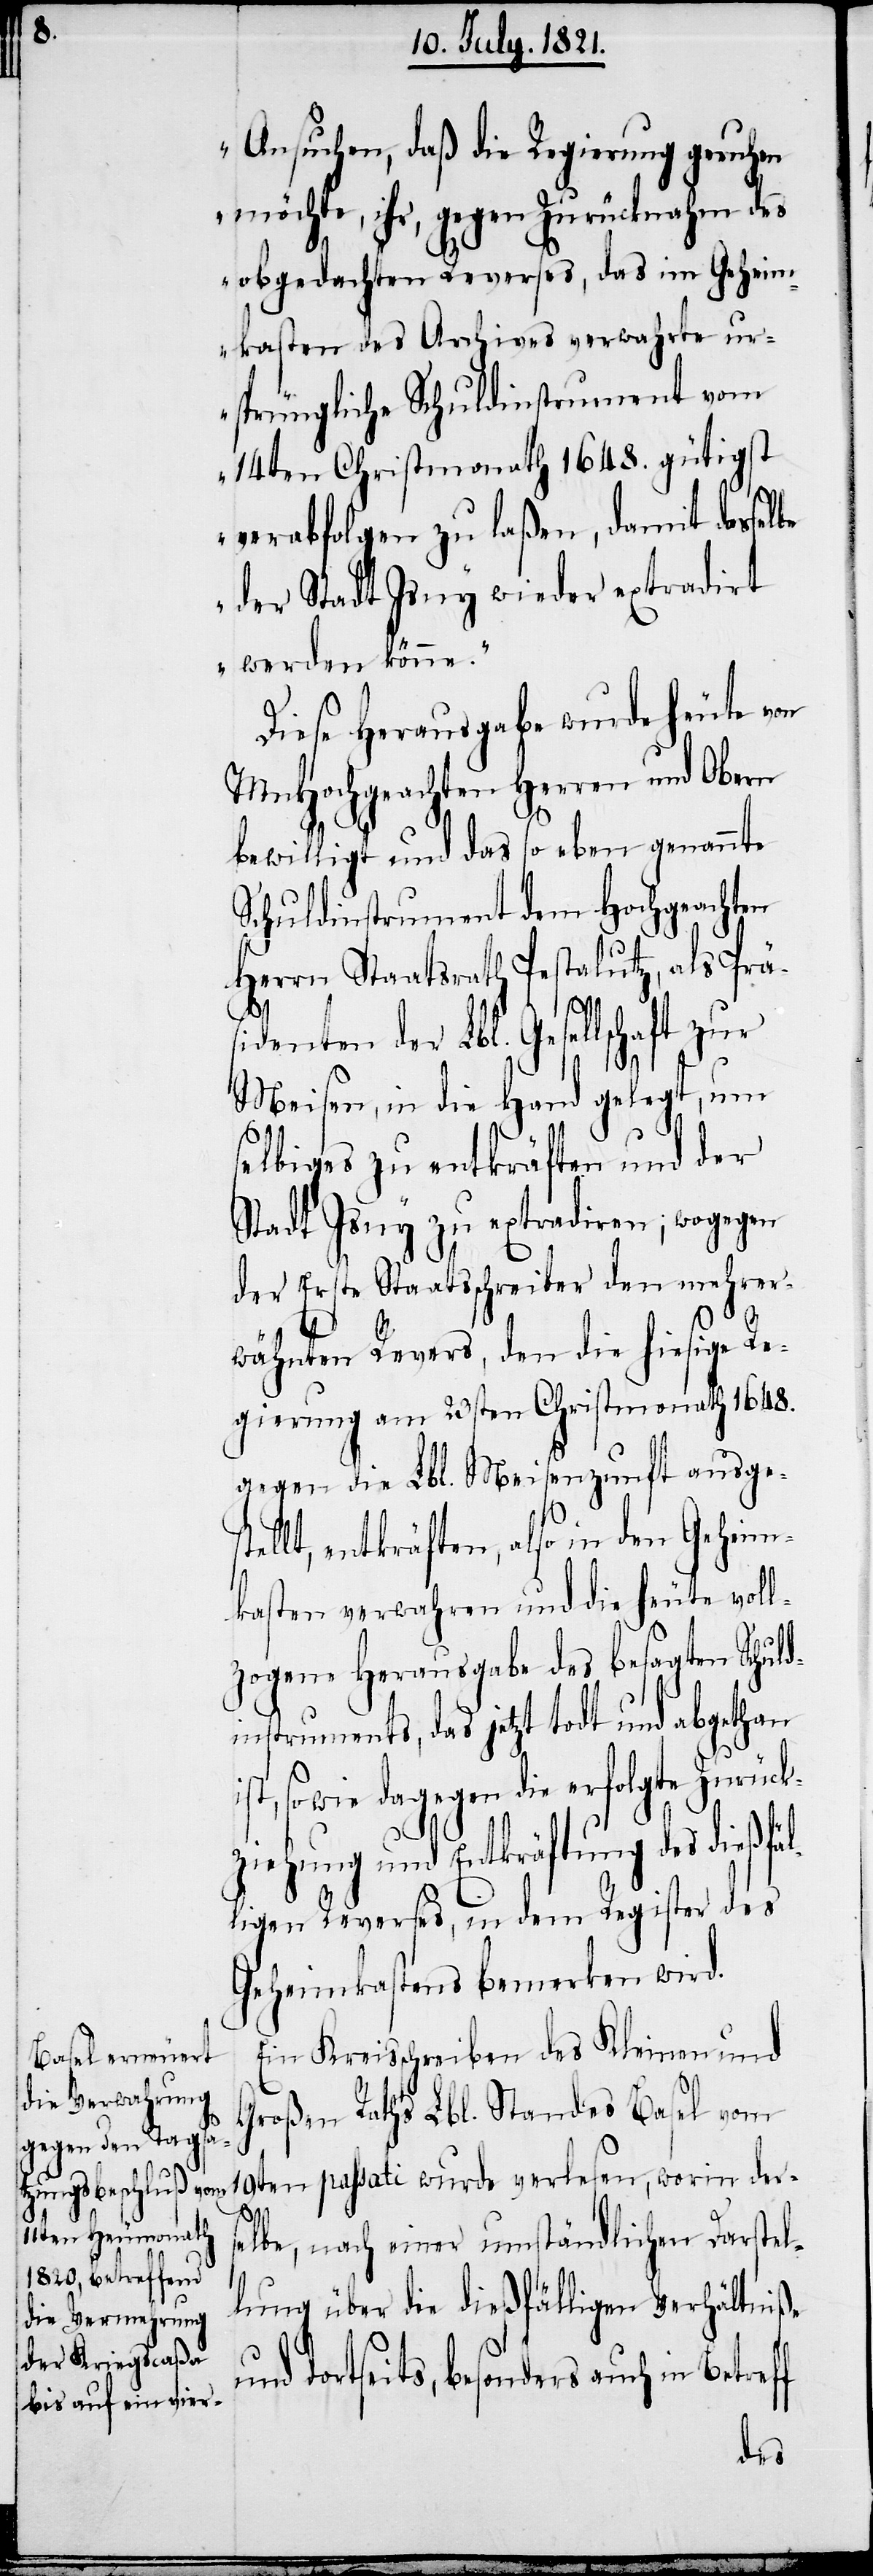
Ansuchen, daß die Regierung geruhen
möchte, ihr, gegen Zurücknahme des
obgedachten Reverses, das im Geheim¬
kasten des Archives verwahrte ur¬
sprüngliche Schuldinstrument vom
14ten Christmonath 1648. gütigst
verabfolgen zu laßen, damit dasse¬
der Stadt Isny wieder extradirt
werden könne.“
Diese Herausgabe wurde heute von
MnHochgeachten Herren und Obern
bewilligt und das so eben genannte
Schuldinstrument dem Hochgeachten
Herrn Staatsrath Pestalutz, als Prä¬
sidenten der Lbl. Gesellschaft zur
Meisen, in die Hand gelegt, um
selbiges zu entkräften und der
Stadt Isny zu extradiren; wogegen
der Erste Staatsschreiber den mehrer¬
wähnten Revers, den die hiesige Re¬
gierung am 23sten Christmonath 1648.
gegen die Lbl. Meisenzunft ausges¬
tellt, entkräften, also in den Gehei¬
mkasten verwahren und die heute voll¬
zogene Herausgabe des besagten Schuld¬
instruments, das jetzt todt und abgethan
en passati wurde verlesen, worin
ziehung und Entkräftung des dießfäl¬
ligen Reverses, in dem Register des
Geheimkastens bemerken wird.
Ein Kreisschreiben des Kleinen und
Großen Raths Lbl. Standes Basel vom
19t¬
elbe, nach einer umständlichen Darstel¬
lung über die dießfälligen Verhältniße
und dortseits, besonders auch in Betreff
ders¬